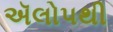
ઍલોપથી